Bréfritari: Þuríður Hallgrímsdóttir
Viðtakandi: Sólveig Jónsdóttir
Dagsetning: A-1851-07-01
Skrifað á: Kirkjubæ  N-Múl.
Sólveig var dóttir Þuríðar

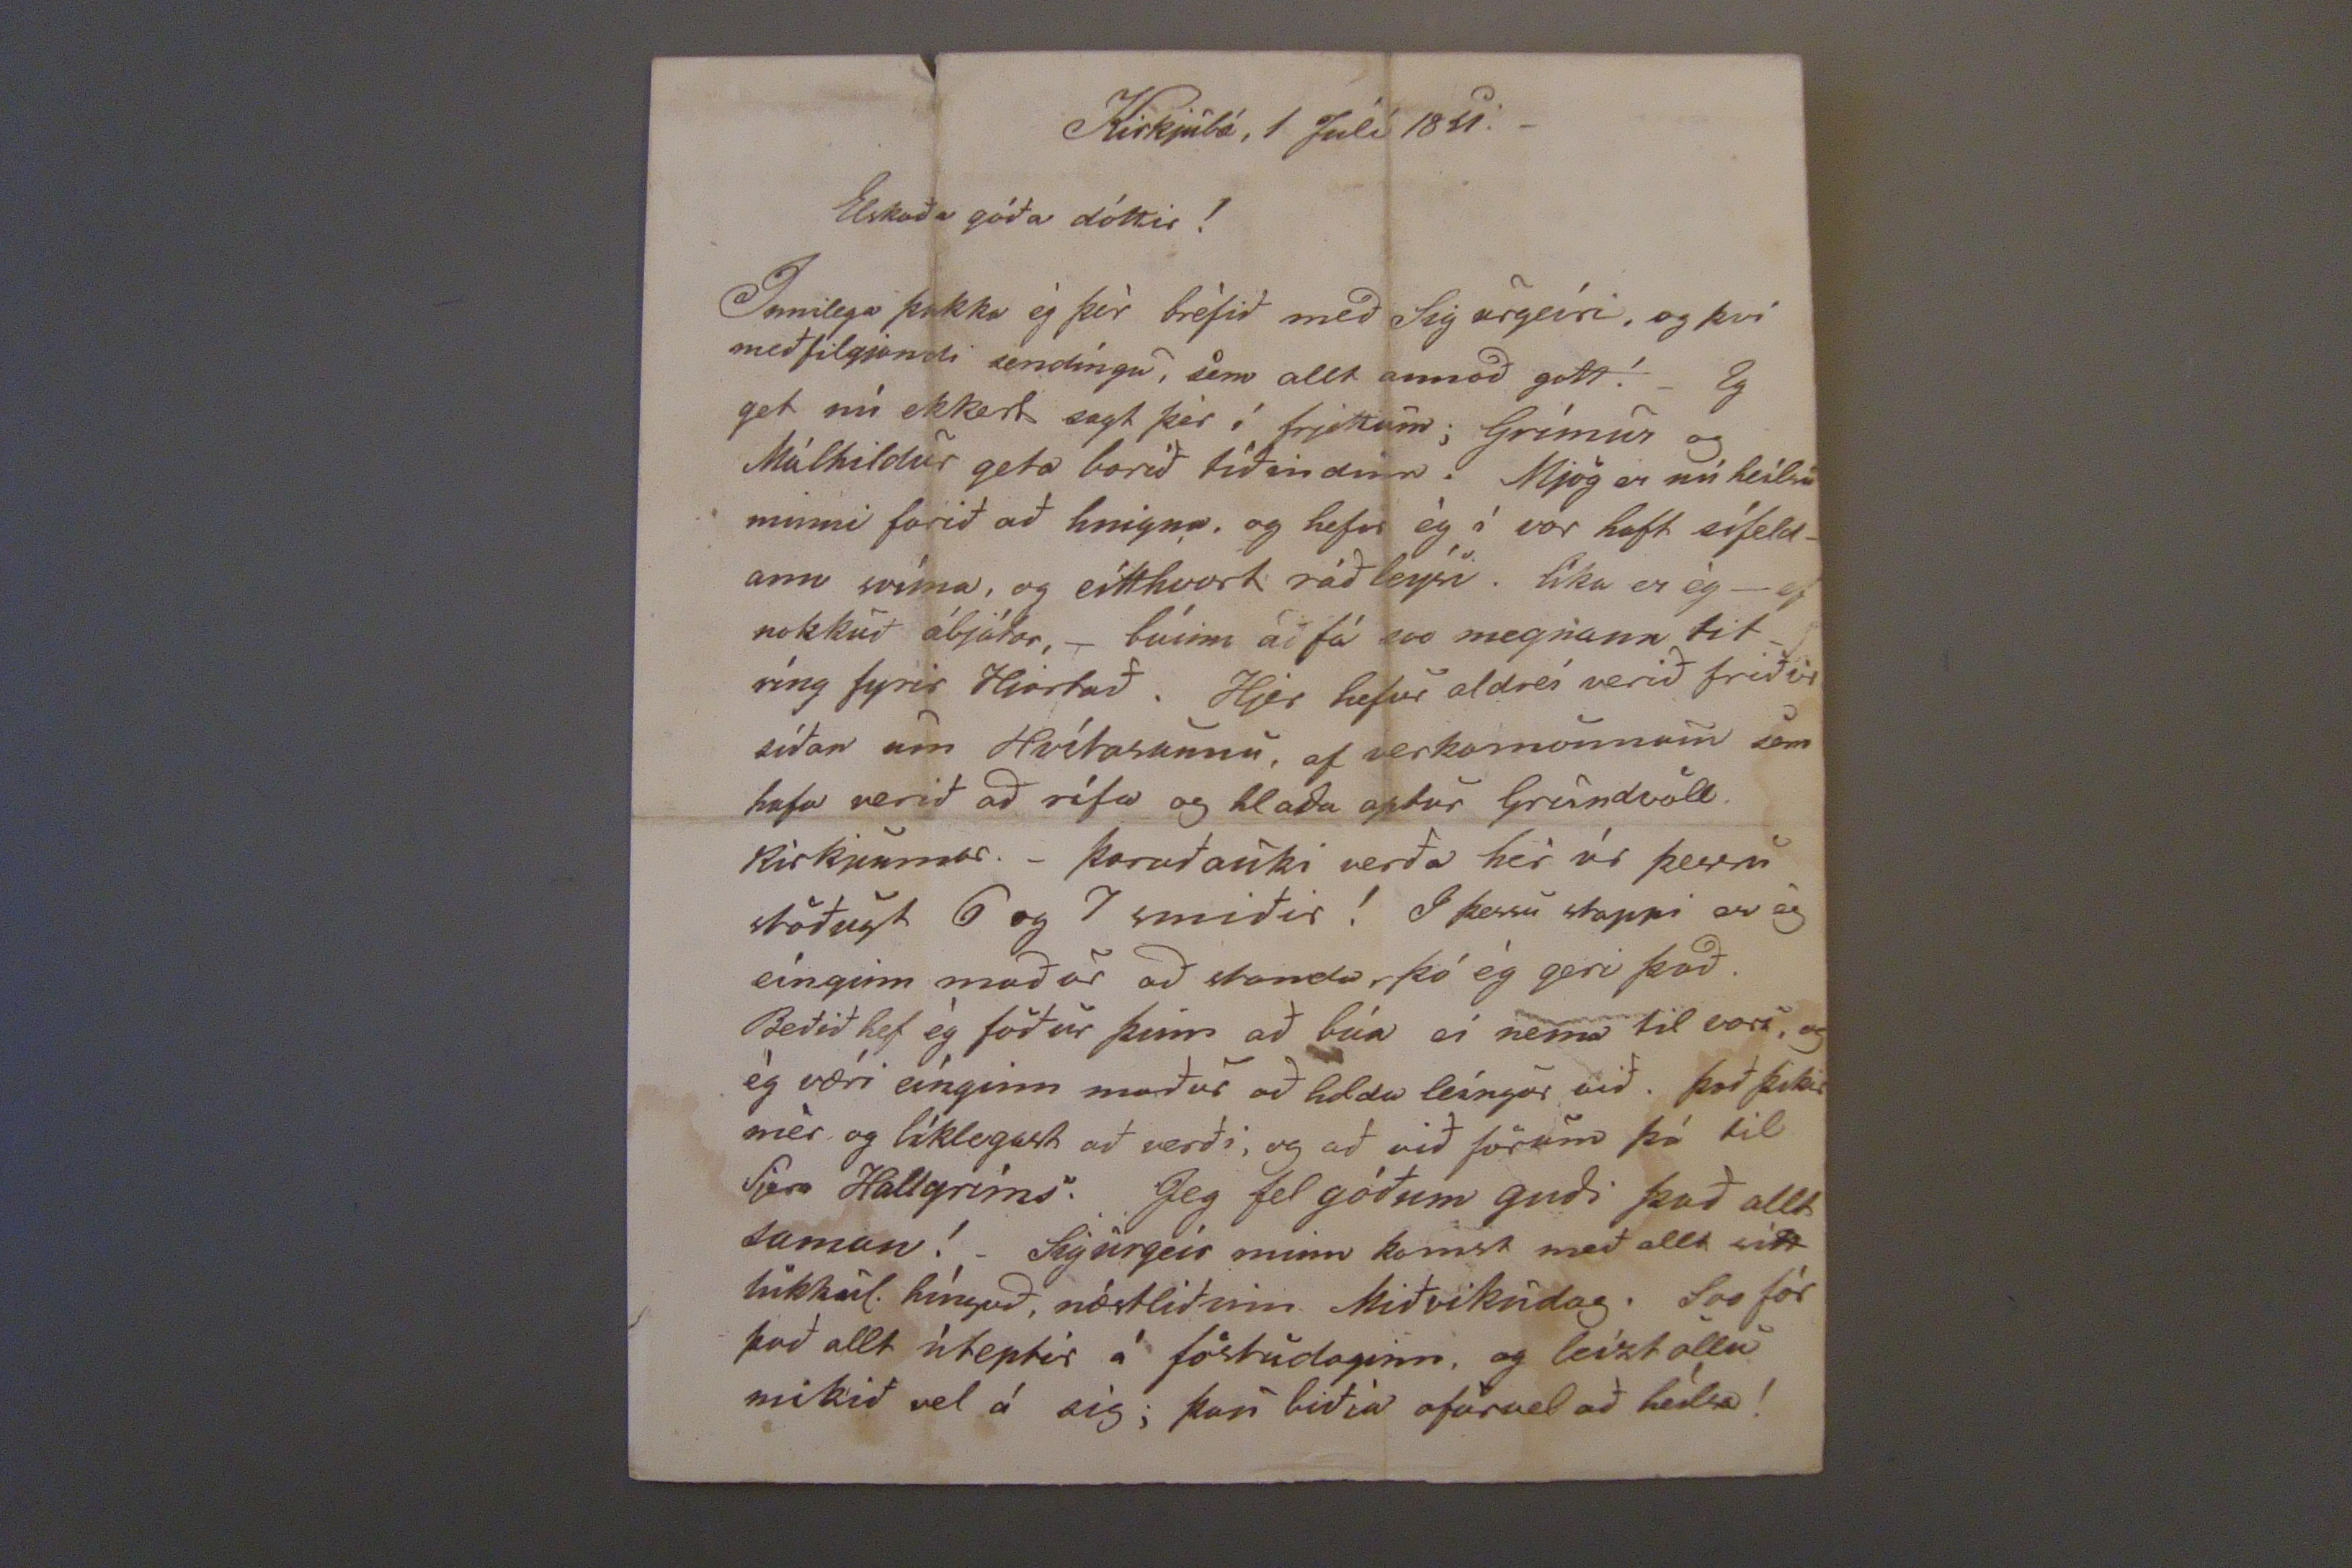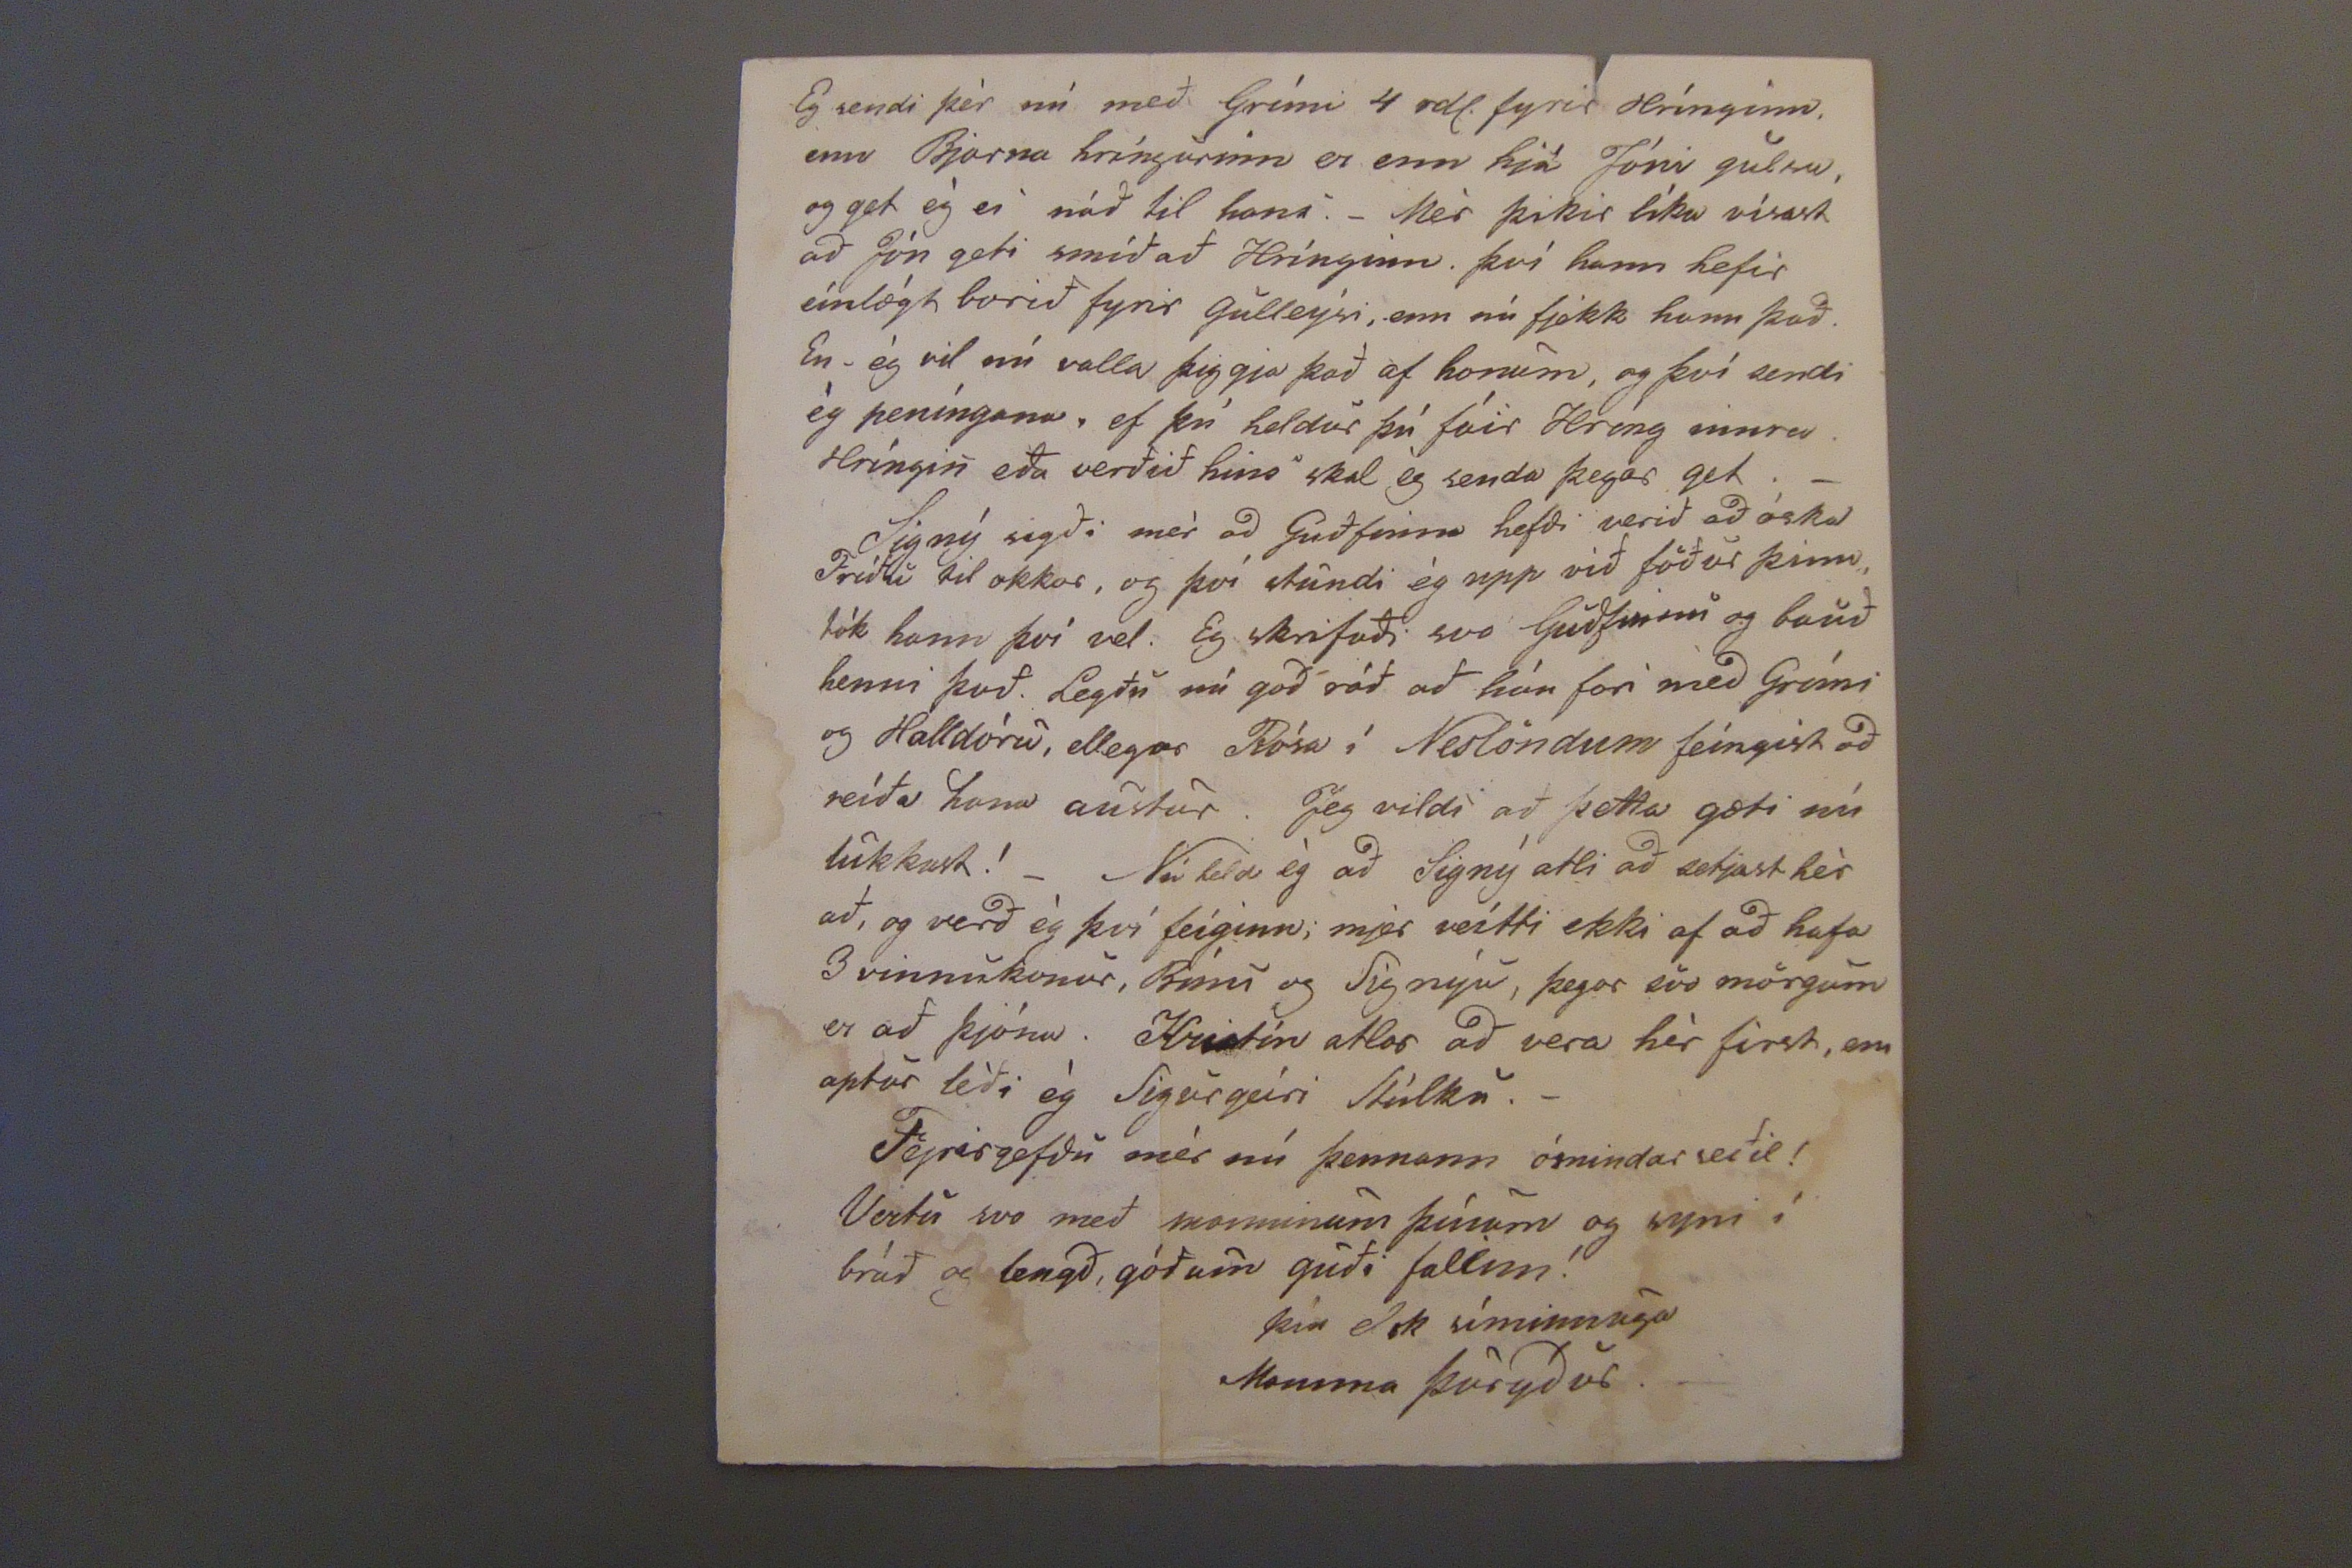

Kirkjubæ, 1 Julí 1851._
Elskaða góða dóttir!
Innilega þakka ég þér bréfið með Sigurgeíri, og því meðfilgjandi sendíngu, sem allt annað gott! _ Eg get nú ekkert sagt þér í fréttum; Grímur og Málhildur geta borið tíðindinn. Mjög er nú heilsu minni farið að hnigna, og hefir ég í vor haft sífeld_ ann svíma, og eitthvurt ráðleysi. líka er ég_ ef nokkuð
óbjóðar,_
búinn að fá svo megnann tit_ ríg fyrir Hjartað. Hjer hefur aldrei verið friður síðan um Hvítasunnu, af verkamönnum sem hafa verið að rífa og hlaða aptur Grundvöll Kirkjunnar._ Þaraðauki verða hér úr þessu stöðugt 6 og 7 smiðir! I þessu staupi er ég eínginn maður að standa, þó ég geri það. Beðið hef ég föður þinn að búa ei nema til vors, og ég væri eínginn maður að leíngur við. það þikir mér og líklegast að verði, og að við förum þá til Sjera Hallgríms. Jeg fel góðum guði það allt saman! Sigurgeir minn komst með allt sitt lukkul. híngað, næstliðinn Miðvikudag. Svo fór það allt úteptir á föstudaginn, og leizt öllu mikið vel á sig; þau biðja ofurvel að heílsa!
Eg sendi þér nú með Grími 4 rdl. fyrir Hrínginn, enn Bjarna hríngurinn er enn hjá Jóni gulsu, og get ég ei náð til hans._ Mér þikir líka vísast að jón geti smíðað Hrínginn. því hann hefir einlægt borið fyrir gulleysi, enn nú fjekk hann það. En _ ég vil nú valla þiggja það af honum, og því sendi ég peníngana, ef þú heldur þú fáir Hring
innra
. hríngin eða verðið hins skal ég senda þegar get;_ Signý sagði mér að Guðfinna hefdi verið að óska
Fríð0i
til okkar, og því stundi ég upp við föður þinn, tók hann því vel. Eg skrifaði svo Guðfinnu og bauð henni það. Legðu nú góð ráð að hún fari með Grími og Halldóru, ellegar Rósu í Neslöndum feíngist að reíða hana austur. Jeg vildi að þetta gæti nú lukkast!_ Nú held ég að Signý atli að setjast hér að, og verð ég því feíginn; mjer veítti ekki af að hafa 3 vinnukonur, Bínu og Signýu, þegar svo mörgum er að þjóna. Kristín atlar að vera hér first, enn aptur léði ég Sigurgeiri stúlku._ Fyrirgefðu mér nú þennann ómindar seðil! Vertu svo með manninum þínum og syni í bráð og lengð, góðum guði falinn!
þín elsk síminnuga
Mamma Þuryður._